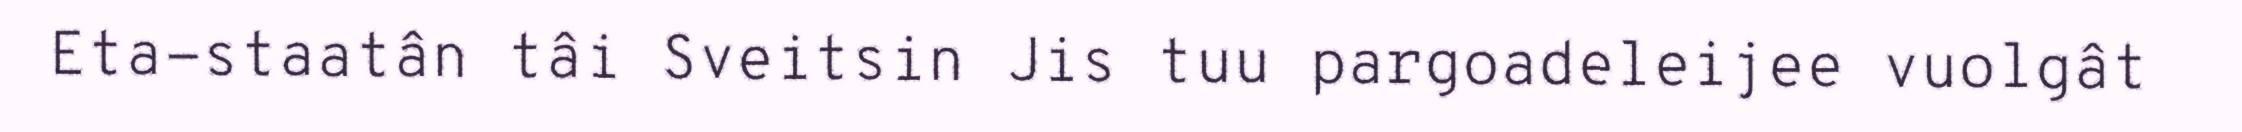
Eta-staatân tâi Sveitsin Jis tuu pargoadeleijee vuolgât